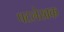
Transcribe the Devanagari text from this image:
पटलेखक